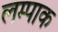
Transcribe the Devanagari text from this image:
लम्पाक